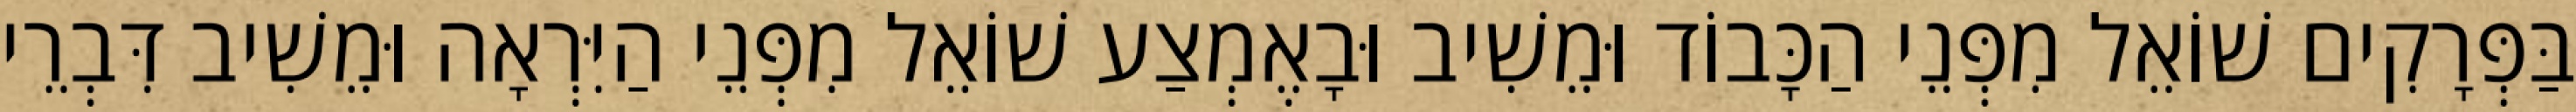
בַּפְּרָקִים שׁוֹאֵל מִפְּנֵי הַכָּבוֹד וּמֵשִׁיב וּבָאֶמְצַע שׁוֹאֵל מִפְּנֵי הַיִּרְאָה וּמֵשִׁיב דִּבְרֵי